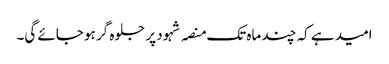
امید ہے کہ چند ماہ تک منصہ شہود پر جلوہ گر ہو جائے گی۔